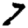
Digit: 7